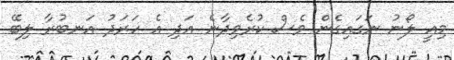
މިއީ ލޯނު ނަގައިގެން ވެސް ކުރެވިދާނެ އަދި އެ ހަރަދު އަނބުރާ ލިބޭ